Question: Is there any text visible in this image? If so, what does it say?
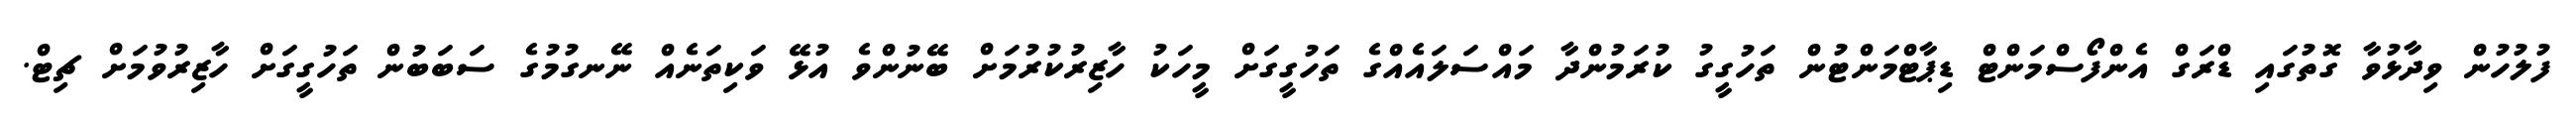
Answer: ފުލުހުން ވިދާޅުވާ ގޮތުގައި ޑްރަގް އެންފޯސްމަންޓް ޑިޕާޓްމަންޓުން ތަހުގީގު ކުރަމުންދާ މައްސަލައެއްގެ ތަހުގީގަށް މީހަކު ހާޒިރުކުރުމަށް ބޭނުންވެ އުޅޭ ވަކިތަނެއް ނޭނގުމުގެ ސަބަބުން ތަހުގީގަށް ހާޒިރުވުމަށް ޗިޓް.